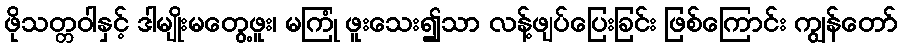
ဖိုသတ္တဝါနှင့် ဒါမျိုးမတွေ့ဖူး၊ မကြုံ ဖူးသေး၍သာ လန့်ဖျပ်ပြေးခြင်း ဖြစ်ကြောင်း ကျွန်တော်